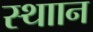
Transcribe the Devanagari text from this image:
स्थाान